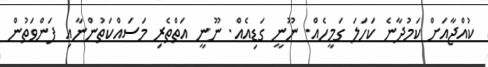
ކުއްޖާއަށް ކަމުދާނެ ކަހަލަ ގަމީހެއް. ނޫނީ ގަޑިއެއް. ނޫނީ އަތްތެރި މަސައްކަތުންނާއި ފަންވަތުން